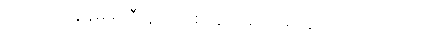
ဒါတောင် ကျွန်မမှာ ဒီလိုလာဖြစ်နေတယ် လို့ ရာ့ချ်က ပြောပါတယ်။